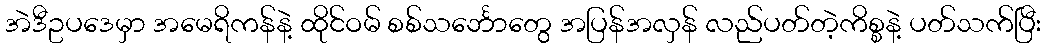
အဲဒီဥပဒေမှာ အမေရိကန်နဲ့ ထိုင်ဝမ် စစ်သင်္ဘောတွေ အပြန်အလှန် လည်ပတ်တဲ့ကိစ္စနဲ့ ပတ်သက်ပြီး